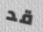
قد